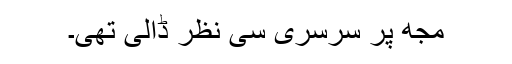
مجھ پر سرسری سی نظر ڈالی تھی۔